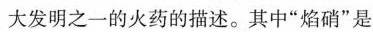
大发明之一的火药的描述。其中”焰硝”是